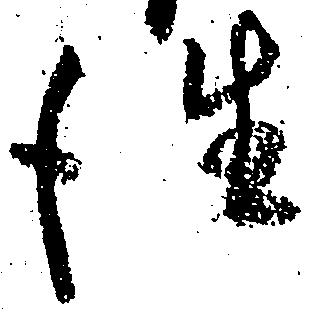
往